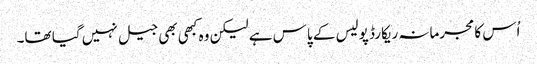
اُس کا مجرمانہ ریکارڈ پولیس کے پاس ہے لیکن وہ کبھی بھی جیل نہیں گیا تھا۔